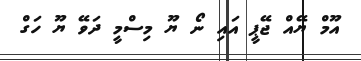
އޫމް ޔޭއް ޖޭޕީ އައި ނޯ ޔޫ މިސްމީ ދަވޭ ޔޫ ހަގް